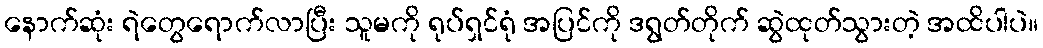
နောက်ဆုံး ရဲတွေရောက်လာပြီး သူမကို ရုပ်ရှင်ရုံ အပြင်ကို ဒရွတ်တိုက် ဆွဲထုတ်သွားတဲ့ အထိပါပဲ။